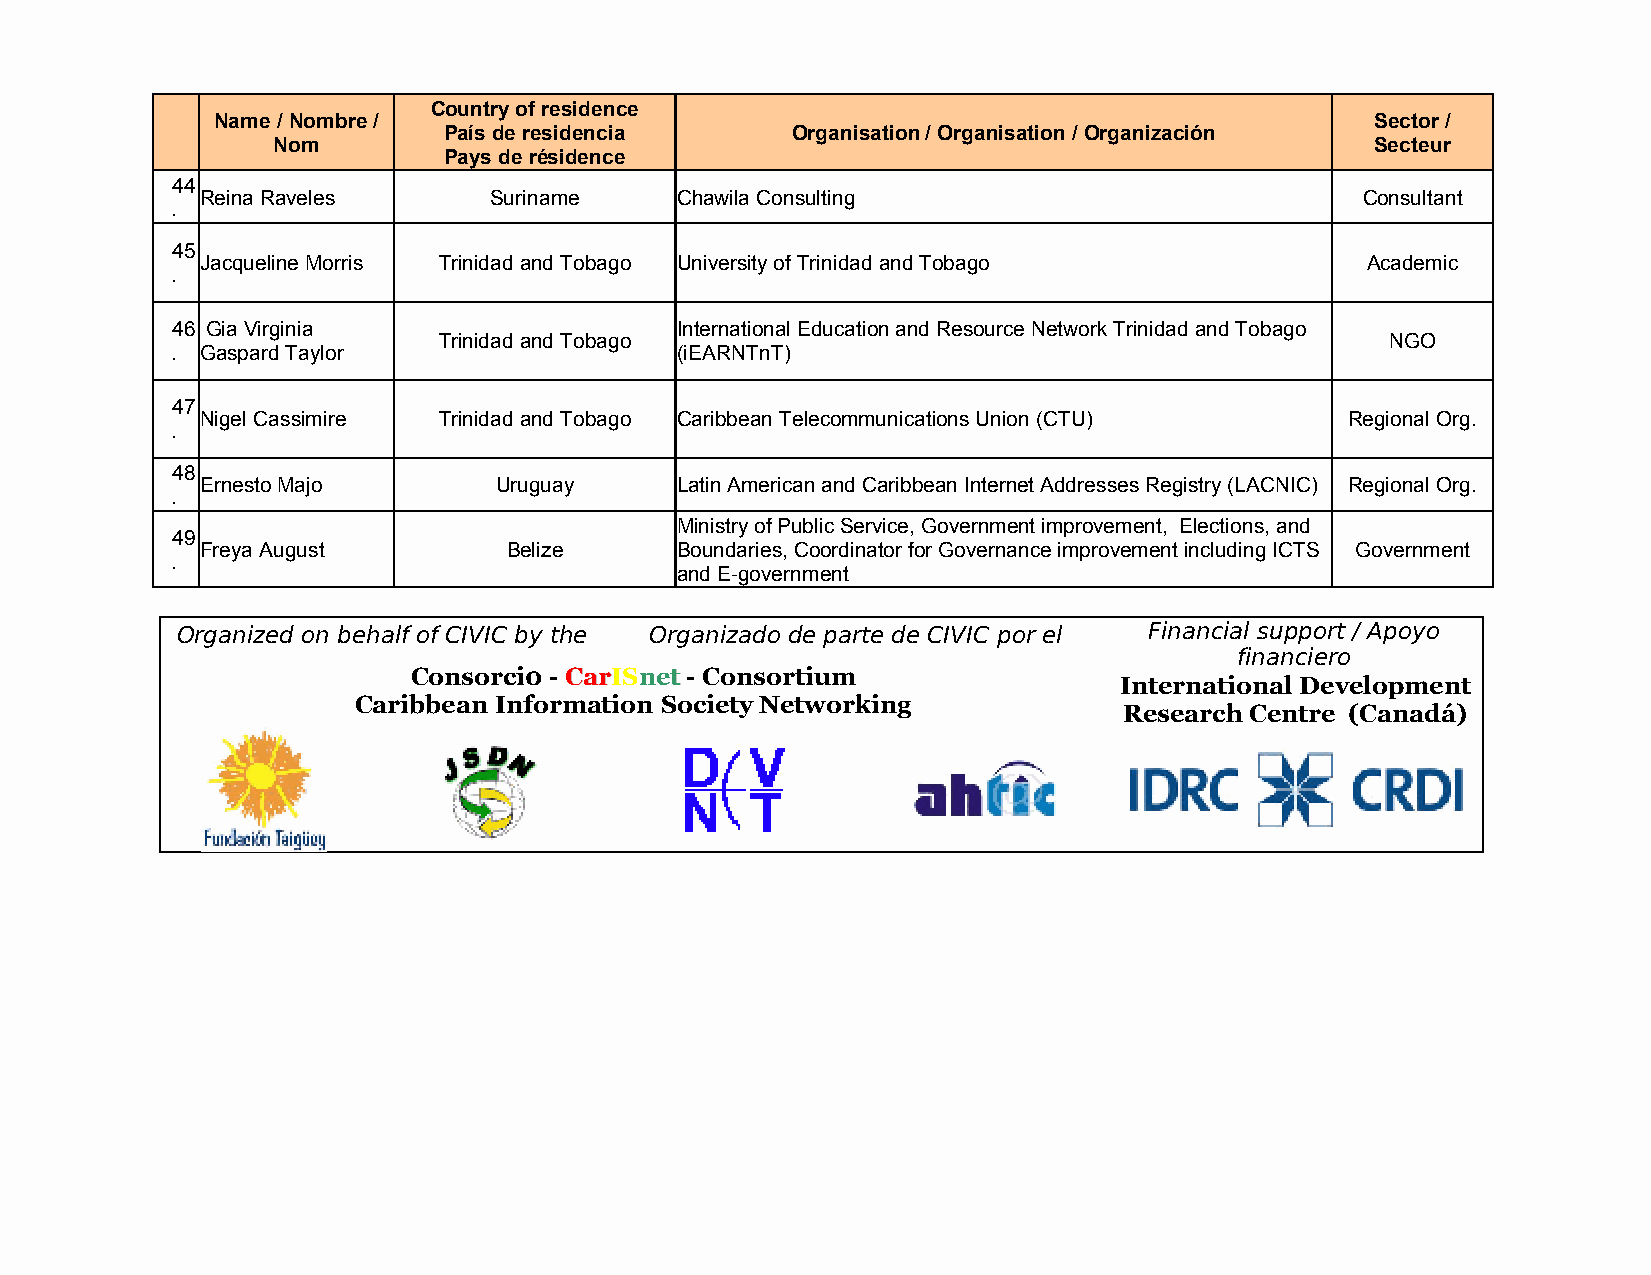
Country of residence
 Name / Nombre /                                                              Sector /
 País de residencia     Organisation / Organisation / Organización
 Nom                                                                      Secteur
 Pays de résidence
 44
 Reina Raveles      Suriname     Chawila Consulting                           Consultant
 .
 45
 Jacqueline Morris Trinidad and Tobago University of Trinidad and Tobago      Academic
 .
 46 Gia Virginia                   International Education and Resource Network Trinidad and Tobago
 Trinidad and Tobago                                            NGO
 . Gaspard Taylor                  (iEARNTnT)
 47
 Nigel Cassimire Trinidad and Tobago Caribbean Telecommunications Union (CTU) Regional Org.
 .
 48
 Ernesto Majo        Uruguay     Latin American and Caribbean Internet Addresses Registry (LACNIC) Regional Org.
 .
 Ministry of Public Service, Government improvement, Elections, and
 49
 Freya August         Belize     Boundaries, Coordinator for Governance improvement including ICTS Government
 .
 and E-government
 Organized on behalf of CIVIC by the Organizado de parte de CIVIC por el Financial support / Apoyo
 financiero
 Consorci0 - CCaarrISnneett - Consortium
 International Development
 Caribbean Information Society Networking
 Research Centre (Canadá)